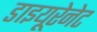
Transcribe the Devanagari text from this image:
डाइयूरेनेट